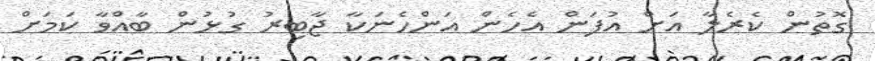
ގޮތުން ކެރެލާ އަށް އުފަން އެހެން އަންހެނަކާ ޖާބިރު ގުޅުން ބާއްވާ ކަމަަށް